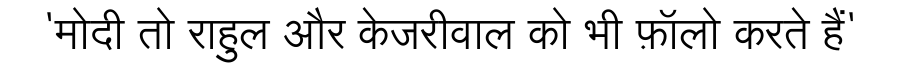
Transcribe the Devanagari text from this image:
'मोदी तो राहुल और केजरीवाल को भी फ़ॉलो करते हैं'